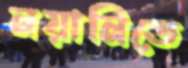
নয়ানিতে